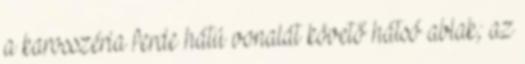
a karosszéria ferde hátú vonalát követő hátsó ablak; az